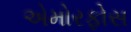
એમોરફોસ